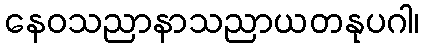
နေဝသညာနာသညာယတနုပဂါ၊